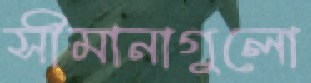
সীমানাগুলো